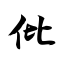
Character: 仳